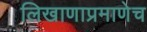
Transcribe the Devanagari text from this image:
लिखाणाप्रमाणेच